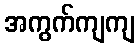
အကွက်ကျကျ